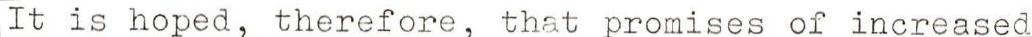
It is hoped, therefore, that promises of increased